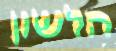
הלשון